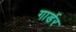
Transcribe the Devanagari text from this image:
गार्डर